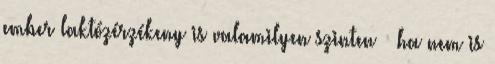
ember laktózérzékeny is valamilyen szinten – ha nem is